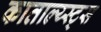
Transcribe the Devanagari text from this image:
काताल्य्स्ट्स